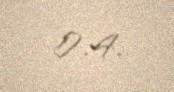
0:4.